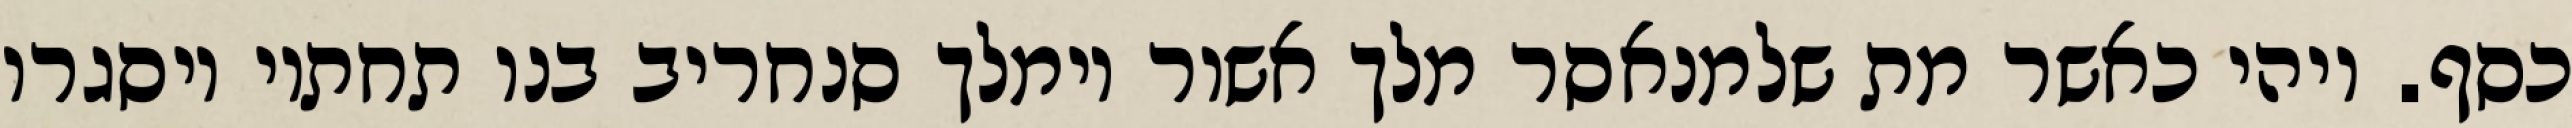
כסף. ויהי כאשר מת שלמנאסר מלך אשור וימלך סנחריב בנו תחתיו ויסגרו